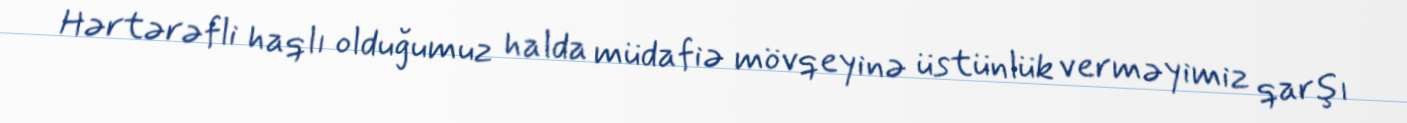
Hərtərəfli haqlı olduğumuz halda müdafiə mövqeyinə üstünlük verməyimiz qarşı